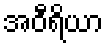
အဝီရိယာ